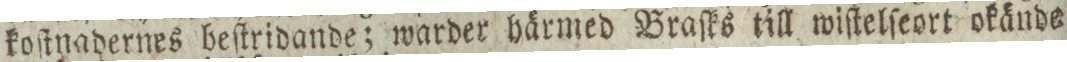
koſtnadernes beſtridande; warder härmed Braſks till wiſtelſeort okände